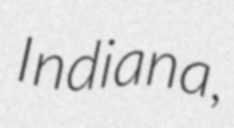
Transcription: Indiana,